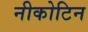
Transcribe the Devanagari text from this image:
नीकोटिन